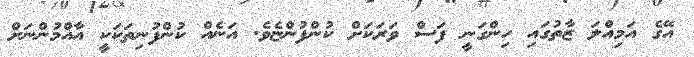
އޭގެ އަމިއްލަ ޒާތުގައި ހިންގަނީ ފަސް ވަރަކަށް ކުންފުންޏެވެ. އަނެއް ކުންފުނިތަކަކީ އާއްމުންނަށް